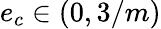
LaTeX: e_{c}\in(0,3/m)